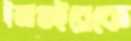
ইজাগুইরেকে